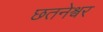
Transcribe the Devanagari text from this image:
छतनेश्वर